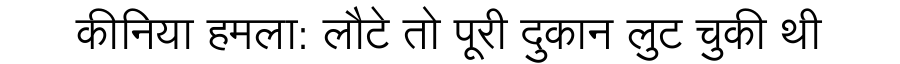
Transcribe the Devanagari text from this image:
कीनिया हमला: लौटे तो पूरी दुकान लुट चुकी थी